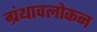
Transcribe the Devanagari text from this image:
ग्रंथावलोकन